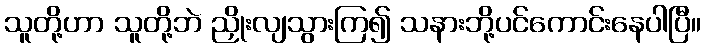
သူတို့ဟာ သူတို့ဘဲ ညှိုးလျသွားကြ၍ သနားဘို့ပင်ကောင်းနေပါပြီ။